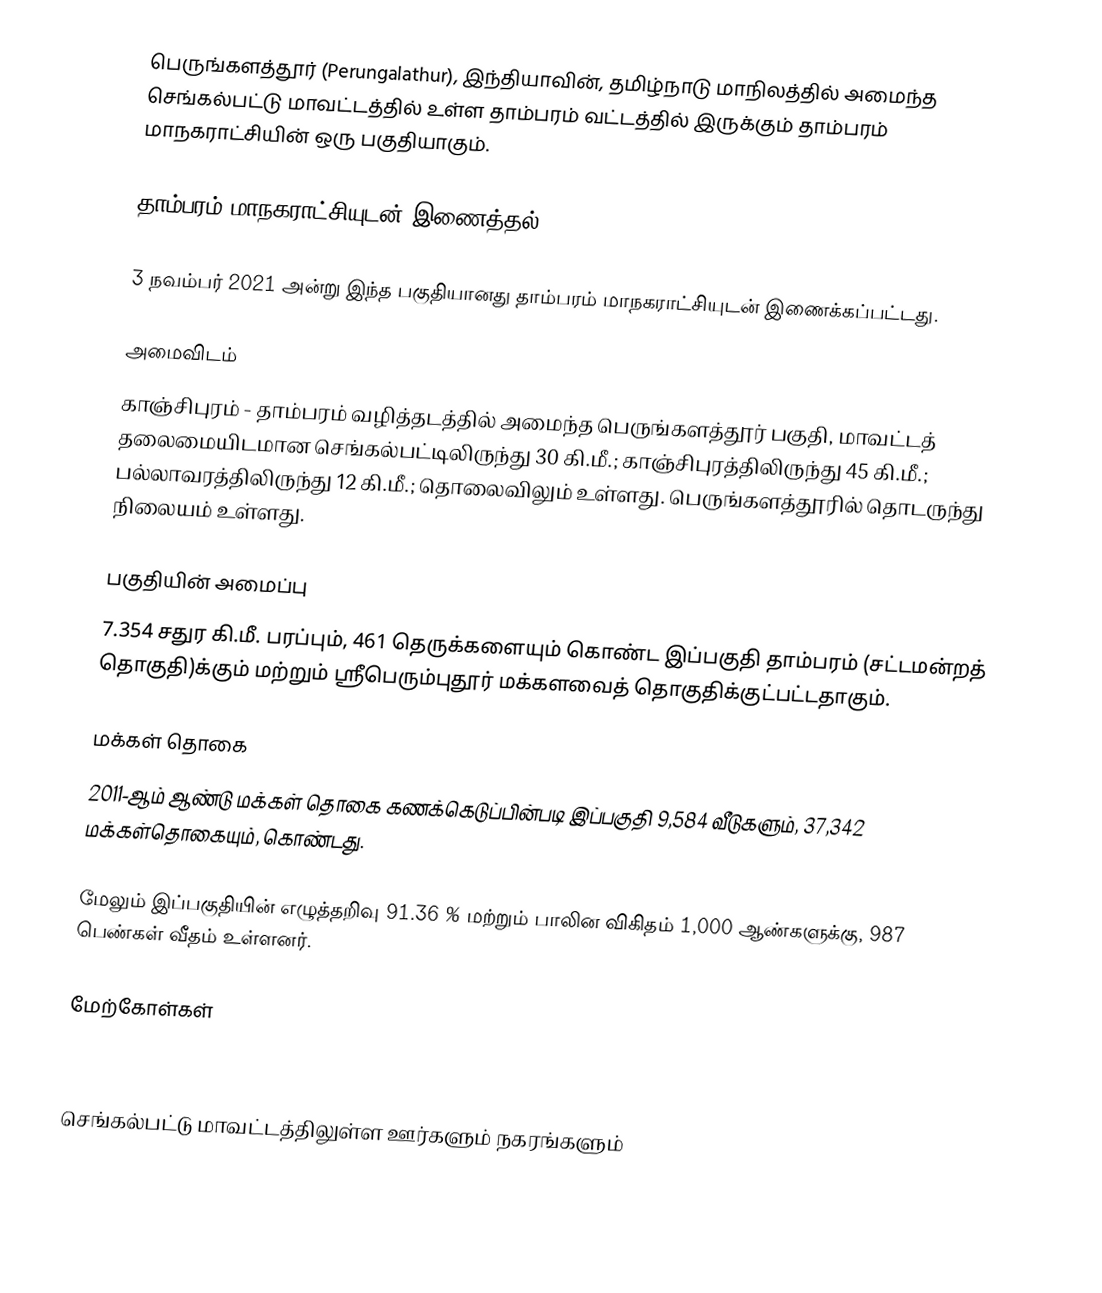
பெருங்களத்தூர் (Perungalathur), இந்தியாவின், தமிழ்நாடு மாநிலத்தில் அமைந்த செங்கல்பட்டு  மாவட்டத்தில் உள்ள தாம்பரம் வட்டத்தில் இருக்கும் தாம்பரம் மாநகராட்சியின் ஒரு பகுதியாகும்.

தாம்பரம் மாநகராட்சியுடன் இணைத்தல்

3 நவம்பர் 2021 அன்று இந்த பகுதியானது    தாம்பரம் மாநகராட்சியுடன் இணைக்கப்பட்டது.

அமைவிடம்
காஞ்சிபுரம் - தாம்பரம் வழித்தடத்தில் அமைந்த பெருங்களத்தூர் பகுதி, மாவட்டத் தலைமையிடமான செங்கல்பட்டிலிருந்து 30 கி.மீ.; காஞ்சிபுரத்திலிருந்து 45 கி.மீ.; பல்லாவரத்திலிருந்து 12 கி.மீ.; தொலைவிலும் உள்ளது. பெருங்களத்தூரில் தொடருந்து நிலையம் உள்ளது.

பகுதியின் அமைப்பு
7.354 சதுர கி.மீ. பரப்பும், 461 தெருக்களையும்  கொண்ட இப்பகுதி தாம்பரம் (சட்டமன்றத் தொகுதி)க்கும்  மற்றும் ஸ்ரீபெரும்புதூர் மக்களவைத் தொகுதிக்குட்பட்டதாகும்.

மக்கள் தொகை
2011-ஆம் ஆண்டு மக்கள் தொகை கணக்கெடுப்பின்படி   இப்பகுதி 9,584 வீடுகளும், 37,342 மக்கள்தொகையும், கொண்டது.

மேலும் இப்பகுதியின் எழுத்தறிவு 91.36 % மற்றும் பாலின விகிதம் 1,000 ஆண்களுக்கு, 987 பெண்கள் வீதம் உள்ளனர்.

மேற்கோள்கள்

செங்கல்பட்டு மாவட்டத்திலுள்ள ஊர்களும் நகரங்களும்